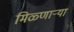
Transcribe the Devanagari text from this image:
मिळ्णाऱ्या